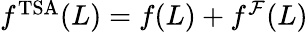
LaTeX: \begin{array}{r}{f^{\mathrm{TSA}}(L)=f(L)+f^{\mathcal{F}}(L)}\end{array}